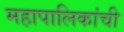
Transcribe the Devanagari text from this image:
महापालिकांची